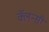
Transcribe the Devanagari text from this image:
क्लॅन्सी